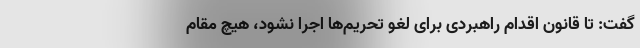
گفت: تا قانون اقدام راهبردی برای لغو تحریم‌ها اجرا نشود، هیچ مقام